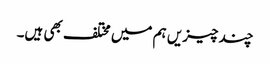
چند چیزیں ہم میں مختلف بھی ہیں۔